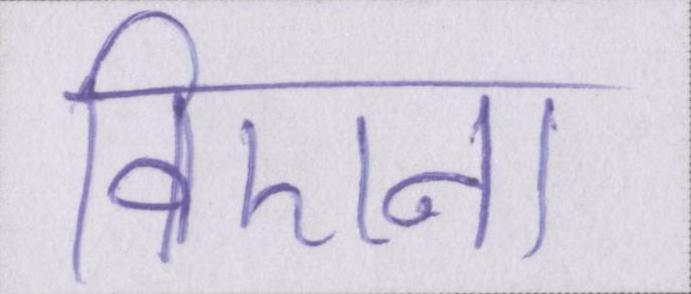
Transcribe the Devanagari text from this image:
विएना